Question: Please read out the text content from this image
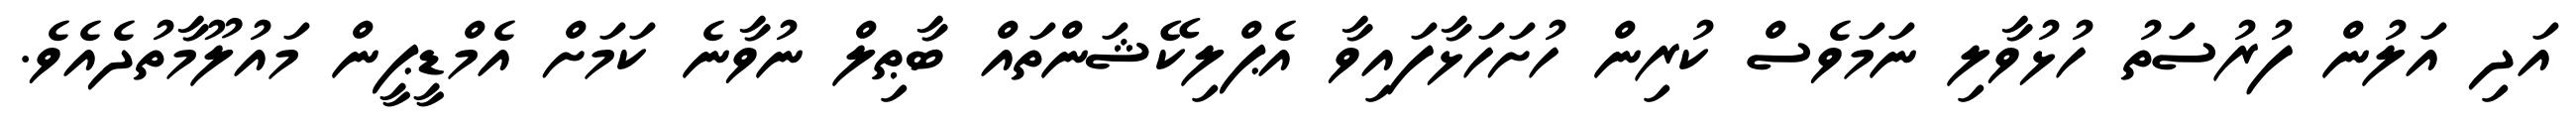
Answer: އަދި އަލުން ފުރުސަތު ހުޅުވާލި ނަމަވެސް ކުރިން ހުށަހަޅާފައިވާ އެޕްލިކޭޝަންތައް ބާޠިލް ނުވާނެ ކަމަށް އެމްޑީޕީން މައުލޫމާތުދެއެވެ.